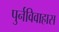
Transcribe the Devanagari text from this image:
पुर्नविवाहास